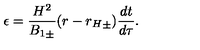
\epsilon = \frac { H ^ { 2 } } { { B _ { 1 } } _ { \pm } } ( r - { r _ { H } } _ { \pm } ) \frac { d t } { d \tau } .